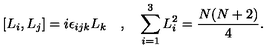
[ L _ { i } , L _ { j } ] = i \epsilon _ { i j k } L _ { k } \quad , \quad \sum _ { i = 1 } ^ { 3 } L _ { i } ^ { 2 } = \frac { N ( N + 2 ) } { 4 } .